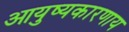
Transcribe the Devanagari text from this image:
आयुष्यकारणाय